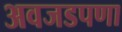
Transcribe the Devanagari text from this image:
अवजडपणा